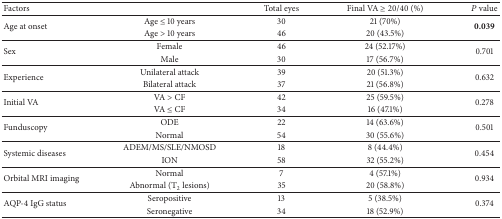
<table><thead><tr><td><b>Factors</b></td><td><b> </b></td><td><b>Total eyes</b></td><td><b>Final VA ≥ 20/40 (%)</b></td><td><b><i>P</i> value</b></td></tr></thead><tbody><tr><td rowspan="2">Age at onset </td><td>Age ≤ 10 years</td><td>30</td><td>21 (70%)</td><td rowspan="2"><b>0.039</b></td></tr><tr><td>Age &gt; 10 years</td><td>46</td><td>20 (43.5%)</td></tr><tr><td rowspan="2">Sex</td><td>Female</td><td>46</td><td>24 (52.17%)</td><td rowspan="2">0.701</td></tr><tr><td>Male</td><td>30</td><td>17 (56.7%)</td></tr><tr><td rowspan="2">Experience</td><td>Unilateral attack</td><td>39</td><td>20 (51.3%)</td><td rowspan="2">0.632</td></tr><tr><td>Bilateral attack</td><td>37</td><td>21 (56.8%)</td></tr><tr><td rowspan="2">Initial VA</td><td>VA &gt; CF</td><td>42</td><td>25 (59.5%)</td><td rowspan="2">0.278</td></tr><tr><td>VA ≤ CF</td><td>34</td><td>16 (47.1%)</td></tr><tr><td rowspan="2">Funduscopy</td><td>ODE</td><td>22</td><td>14 (63.6%)</td><td rowspan="2">0.501</td></tr><tr><td>Normal</td><td>54</td><td>30 (55.6%)</td></tr><tr><td rowspan="2">Systemic diseases</td><td>ADEM/MS/SLE/NMOSD</td><td>18</td><td>8 (44.4%)</td><td rowspan="2">0.454</td></tr><tr><td>ION</td><td>58</td><td>32 (55.2%)</td></tr><tr><td rowspan="2">Orbital MRI imaging</td><td>Normal</td><td>7</td><td>4 (57.1%)</td><td rowspan="2">0.934</td></tr><tr><td>Abnormal (T<sub>2</sub> lesions)</td><td>35</td><td>20 (58.8%)</td></tr><tr><td rowspan="2">AQP-4 IgG status</td><td>Seropositive</td><td>13</td><td>5 (38.5%)</td><td rowspan="2">0.374</td></tr><tr><td>Seronegative</td><td>34</td><td>18 (52.9%)</td></tr></tbody></table>